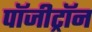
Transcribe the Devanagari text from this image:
पॉजीट्रॉन